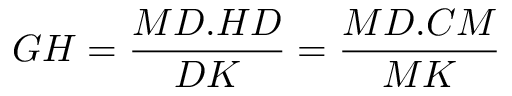
G H = { \frac { M D . H D } { D K } } = { \frac { M D . C M } { M K } }